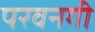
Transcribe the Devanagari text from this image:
परवनगी